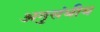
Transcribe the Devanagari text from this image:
अनुसंघीय